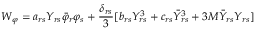
W _ { \varphi } = a _ { r s } Y _ { r s } \bar { \varphi } _ { r } \varphi _ { s } + \frac { \delta _ { r s } } { 3 } [ b _ { r s } Y _ { r s } ^ { 3 } + c _ { r s } \bar { Y } _ { r s } ^ { 3 } + 3 M \bar { Y } _ { r s } Y _ { r s } ]